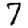
Digit: 7